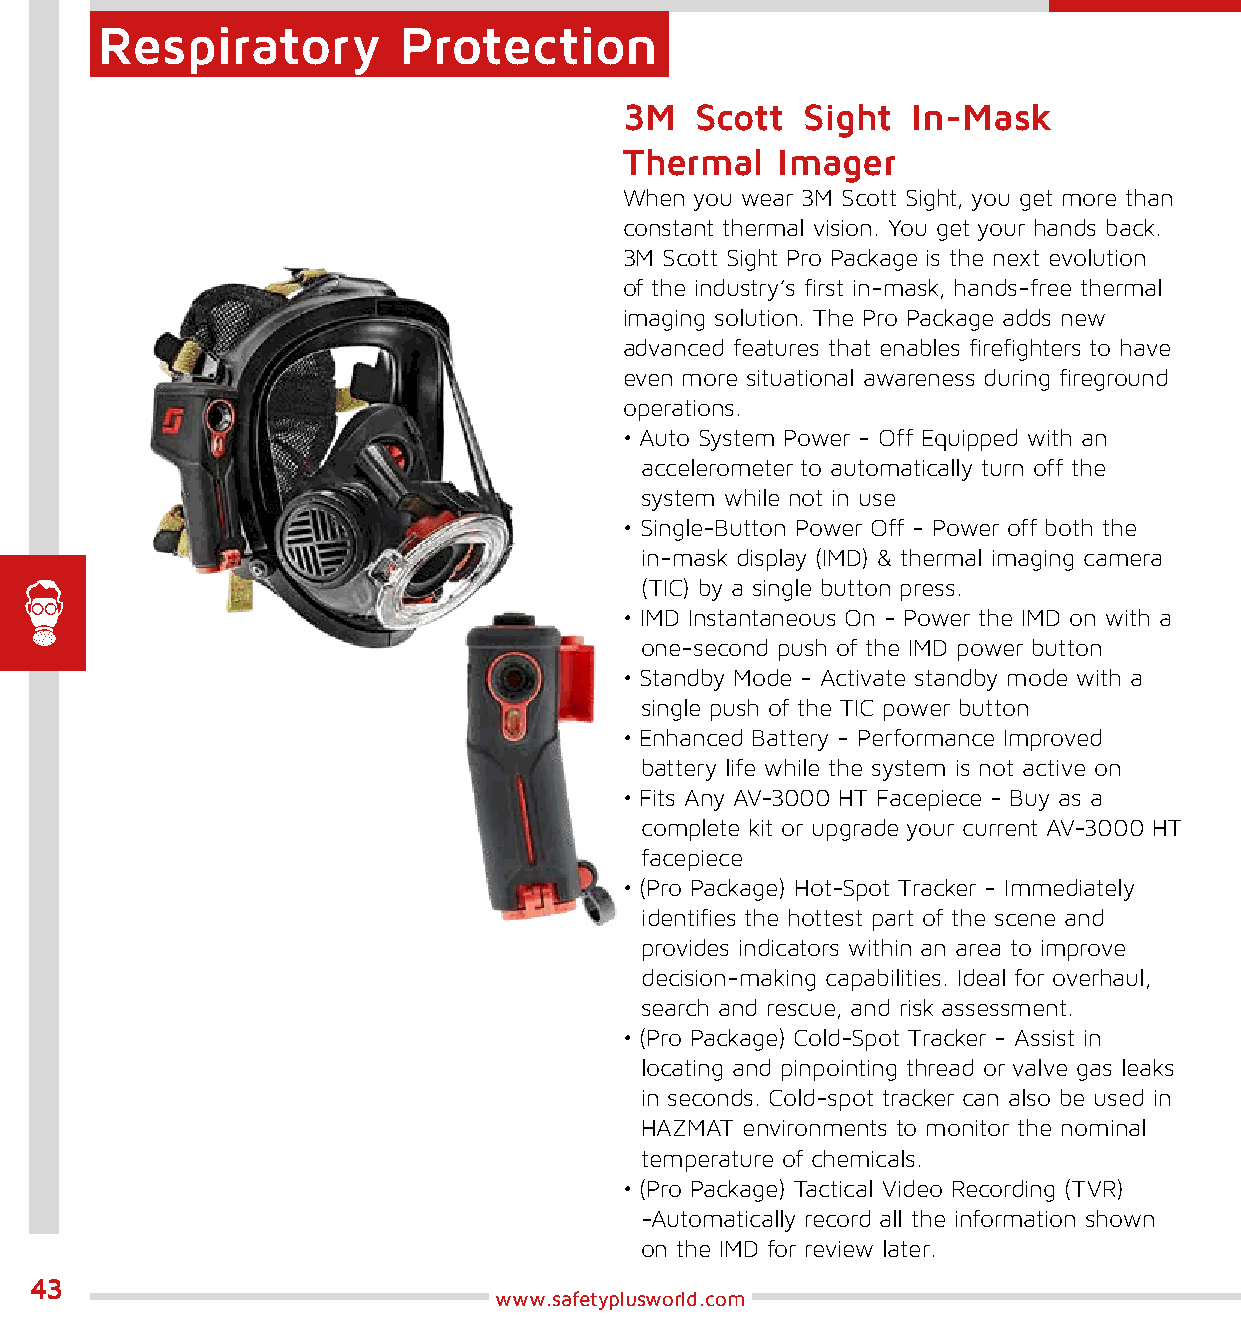
Respiratory         Protection
 3M   Scott  Sight  In-Mask
 Thermal   Imager
 When you wear 3M Scott Sight, you get more than
 constant thermal vision. You get your hands back.
 3M Scott Sight Pro Package is the next evolution
 of the industry’s first in-mask, hands-free thermal
 imaging solution. The Pro Package adds new
 advanced features that enables firefighters to have
 even more situational awareness during fireground
 operations.
 • Auto System Power - Off Equipped with an
 accelerometer to automatically turn off the
 system while not in use
 • Single-Button Power Off - Power off both the
 in-mask display (IMD) & thermal imaging camera
 (TIC) by a single button press.
 • IMD Instantaneous On - Power the IMD on with a
 one-second push of the IMD power button
 • Standby Mode - Activate standby mode with a
 single push of the TIC power button
 • Enhanced Battery - Performance Improved
 battery life while the system is not active on
 • Fits Any AV-3000 HT Facepiece - Buy as a
 complete kit or upgrade your current AV-3000 HT
 facepiece
 • (Pro Package) Hot-Spot Tracker - Immediately
 identifies the hottest part of the scene and
 provides indicators within an area to improve
 decision-making capabilities. Ideal for overhaul,
 search and rescue, and risk assessment.
 • (Pro Package) Cold-Spot Tracker - Assist in
 locating and pinpointing thread or valve gas leaks
 in seconds. Cold-spot tracker can also be used in
 HAZMAT environments to monitor the nominal
 temperature of chemicals.
 • (Pro Package) Tactical Video Recording (TVR)
 -Automatically record all the information shown
 on the IMD for review later.
 43
 www.safetyplusworld.com